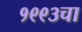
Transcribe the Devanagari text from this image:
१९९३चा